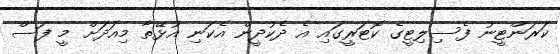
ކަރަންޓީނު ފެސިލިޓީގެ ކޮޓަރީގައި އެ ދެކުދީން އެކަނި އުޅޭތާ މިއަދަށް މީ ފަސް